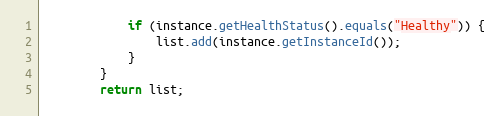
Language: Java
            if (instance.getHealthStatus().equals("Healthy")) {
                list.add(instance.getInstanceId());
            }
        }
        return list;